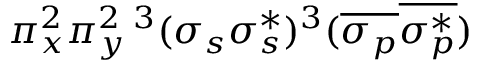
\pi _ { x } ^ { 2 } \pi _ { y } ^ { 2 } { } \, ^ { 3 } ( \sigma _ { s } \sigma _ { s } ^ { * } ) ^ { 3 } ( \overline { { \sigma _ { p } } } \overline { { \sigma _ { p } ^ { * } } } )